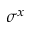
\sigma ^ { x }